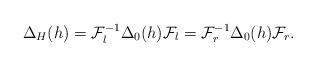
LaTeX: \begin{gather*}\Delta_H(h) = \mathcal{F}_l^{-1}\Delta_0(h)\mathcal{F}_l = \mathcal{F}_r^{-1}\Delta_0(h)\mathcal{F}_r.\end{gather*}